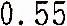
0.55